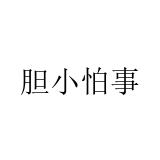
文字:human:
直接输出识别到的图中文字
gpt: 胆小怕事